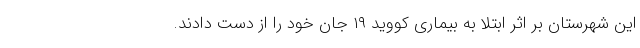
این شهرستان بر اثر ابتلا به بیماری کووید ۱۹ جان خود را از دست دادند.